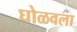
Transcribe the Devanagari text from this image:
घोळवला